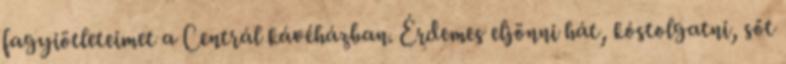
fagyiötleteimet a Centrál kávéházban. Érdemes eljönni hát, kóstolgatni, sőt